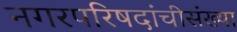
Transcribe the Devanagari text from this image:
नगरपरिषदांचीसंख्या